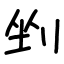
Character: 剉